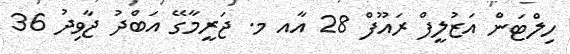
ހިލްޓަން އަޒުލީފް ރައޫފް 28 އާއ މ. ޖަރީމާގޭ އަބްދު ޖާވިދު 36